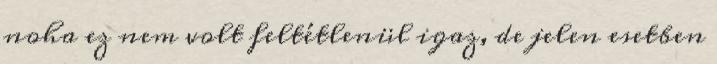
noha ez nem volt feltétlenül igaz, de jelen esetben